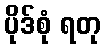
ပိုဒ်စုံ ရတု